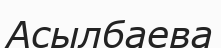
Асылбаева